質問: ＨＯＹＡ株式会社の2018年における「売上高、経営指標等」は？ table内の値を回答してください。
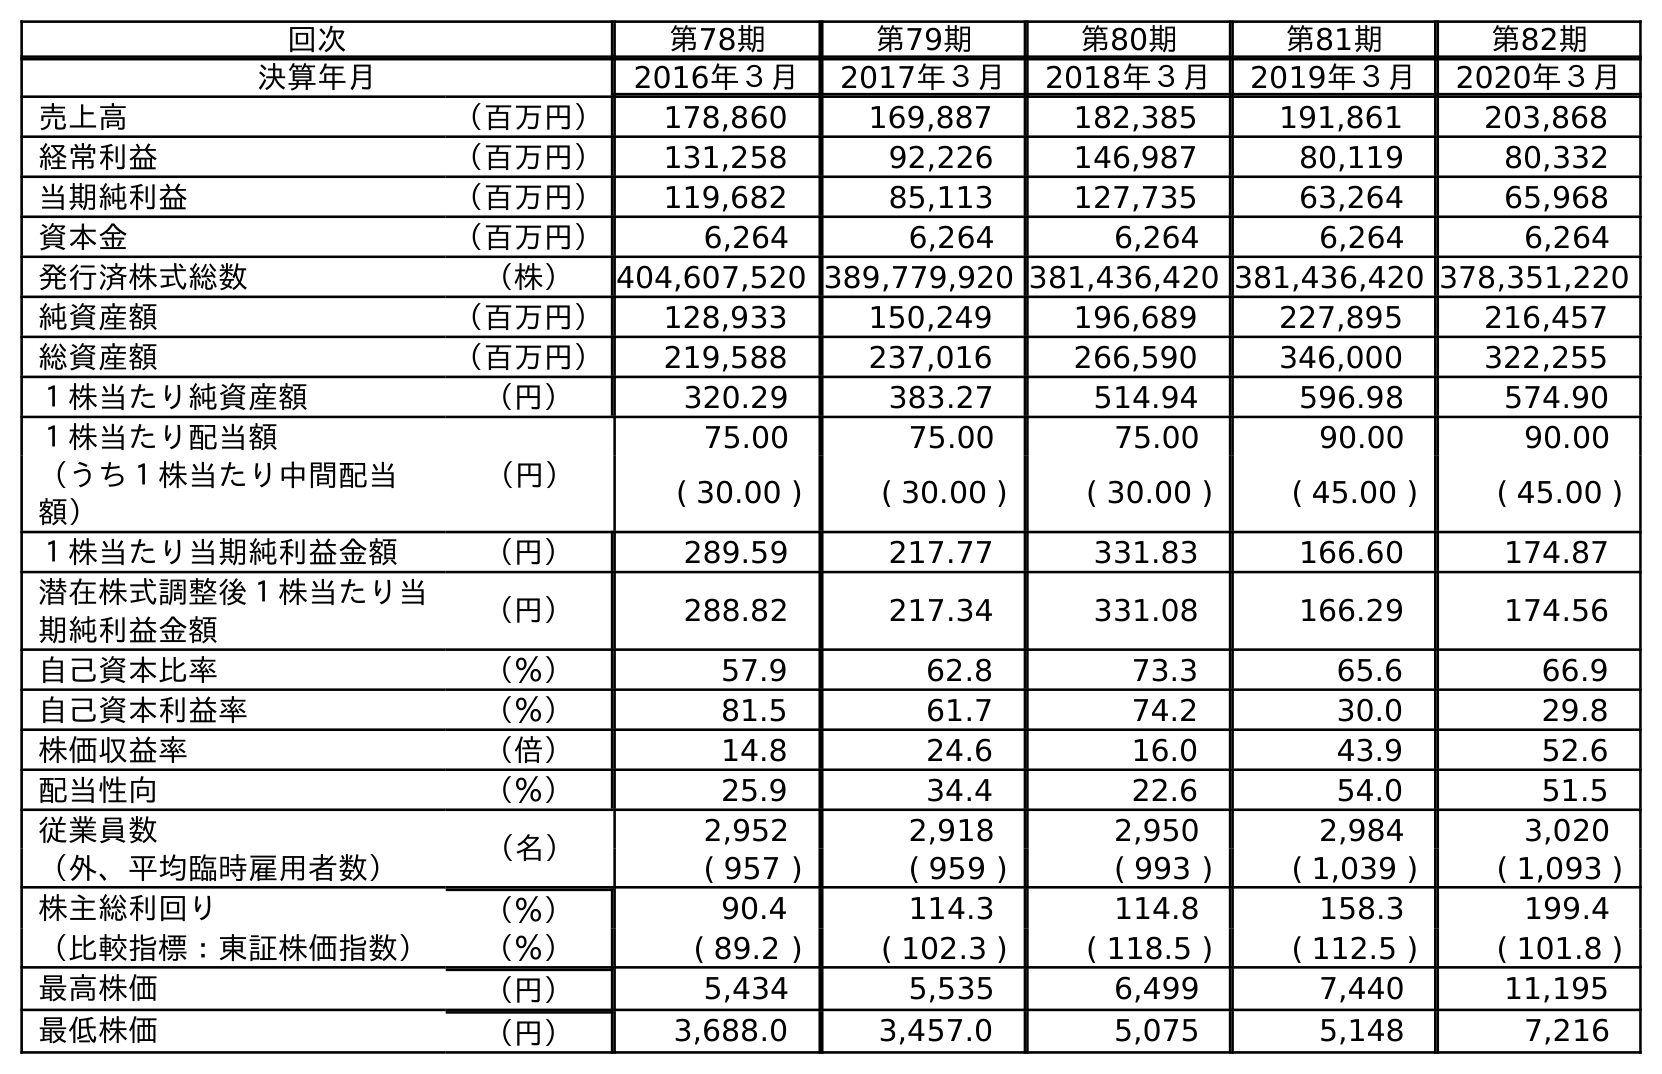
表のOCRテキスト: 回次 第78期 第79期 第80期 第81期 第82期 決算年月 2016年３月 2017年３月 2018年３月 2019年３月 2020年３月 売上高 （百万円） 178,860 169,887 182,385 191,861 203,868 経常利益 （百万円） 131,258 92,226 146,987 80,119 80,332 当期純利益 （百万円） 119,682 85,113 127,735 63,264 65,968 資本金 （百万円） 6,264 6,264 6,264 6,264 6,264 発行済株式総数 （株） 404,607,520 389,779,920 381,436,420 381,436,420 378,351,220 純資産額 （百万円） 128,933 150,249 196,689 227,895 216,457 総資産額 （百万円） 219,588 237,016 266,590 346,000 322,255 １株当たり純資産額 （円） 320.29 383.27 514.94 596.98 574.90 １株当たり配当額 （円） 75.00 75.00 75.00 90.00 90.00 （うち１株当たり中間配当 額） ( 30.00 ) ( 30.00 ) ( 30.00 ) ( 45.00 ) ( 45.00 ) １株当たり当期純利益金額 （円） 289.59 217.77 331.83 166.60 174.87 潜在株式調整後１株当たり当 期純利益金額 （円） 288.82 217.34 331.08 166.29 174.56 自己資本比率 （％） 57.9 62.8 73.3 65.6 66.9 自己資本利益率 （％） 81.5 61.7 74.2 30.0 29.8 株価収益率 （倍） 14.8 24.6 16.0 43.9 52.6 配当性向 （％） 25.9 34.4 22.6 54.0 51.5 従業員数 （名） 2,952 2,918 2,950 2,984 3,020 （外、平均臨時雇用者数） ( 957 ) ( 959 ) ( 993 ) ( 1,039 ) ( 1,093 ) 株主総利回り （％） 90.4 114.3 114.8 158.3 199.4 （比較指標：東証株価指数） （％） ( 89.2 ) ( 102.3 ) ( 118.5 ) ( 112.5 ) ( 101.8 ) 最高株価 （円） 5,434 5,535 6,499 7,440 11,195 最低株価 （円） 3,688.0 3,457.0 5,075 5,148 7,216
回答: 182,385